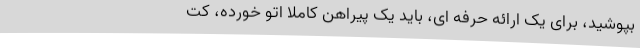
بپوشید، برای یک ارائه حرفه ای، باید یک پیراهن کاملا اتو خورده، کت